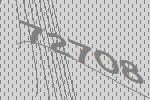
72708